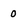
Character: 0